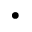
\bullet